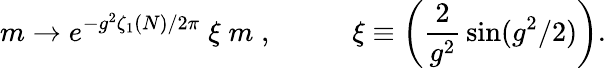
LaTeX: m\rightarrow e^{-g^{2}\zeta_{1}(N)/2\pi}\; \xi\; m\; ,\; \; \; \; \; \; \; \; \; \; \xi\equiv\left(\frac 2{g^{2}}\, \sin(g^{2}/2)\right).